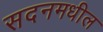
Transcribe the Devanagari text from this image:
सदनमधील